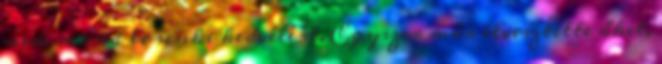
nem mond le senki kedvééért. Egyszer már elvesztette őket,